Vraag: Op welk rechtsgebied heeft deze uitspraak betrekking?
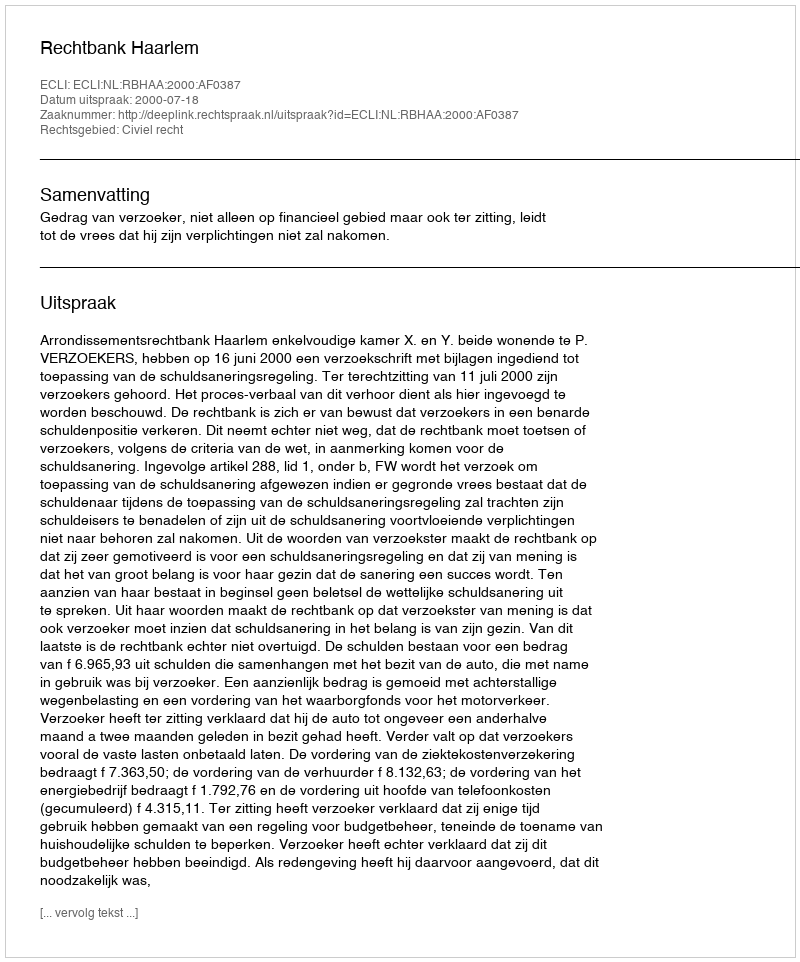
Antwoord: Civiel recht